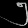
Digit: ၅